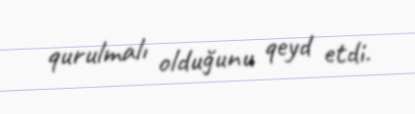
qurulmalı olduğunu qeyd etdi.